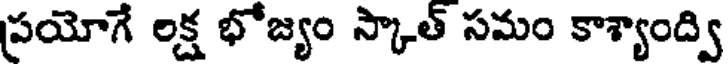
ప్రయోగే లక్ష భోజ్యం స్కాత్ సమం కాశ్యాంద్వి